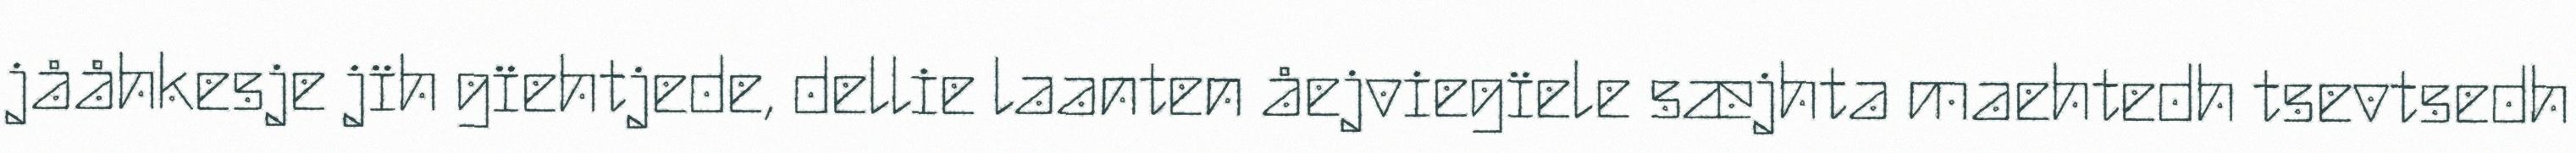
jååhkesje jïh gïehtjede, dellie laanten åejviegïele sæjhta maehtedh tsevtsedh